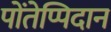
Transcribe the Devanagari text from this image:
पोंतेप्पिदान